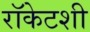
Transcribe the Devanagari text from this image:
रॉकेटशी